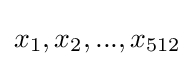
x_{1},x_{2},...,x_{512}